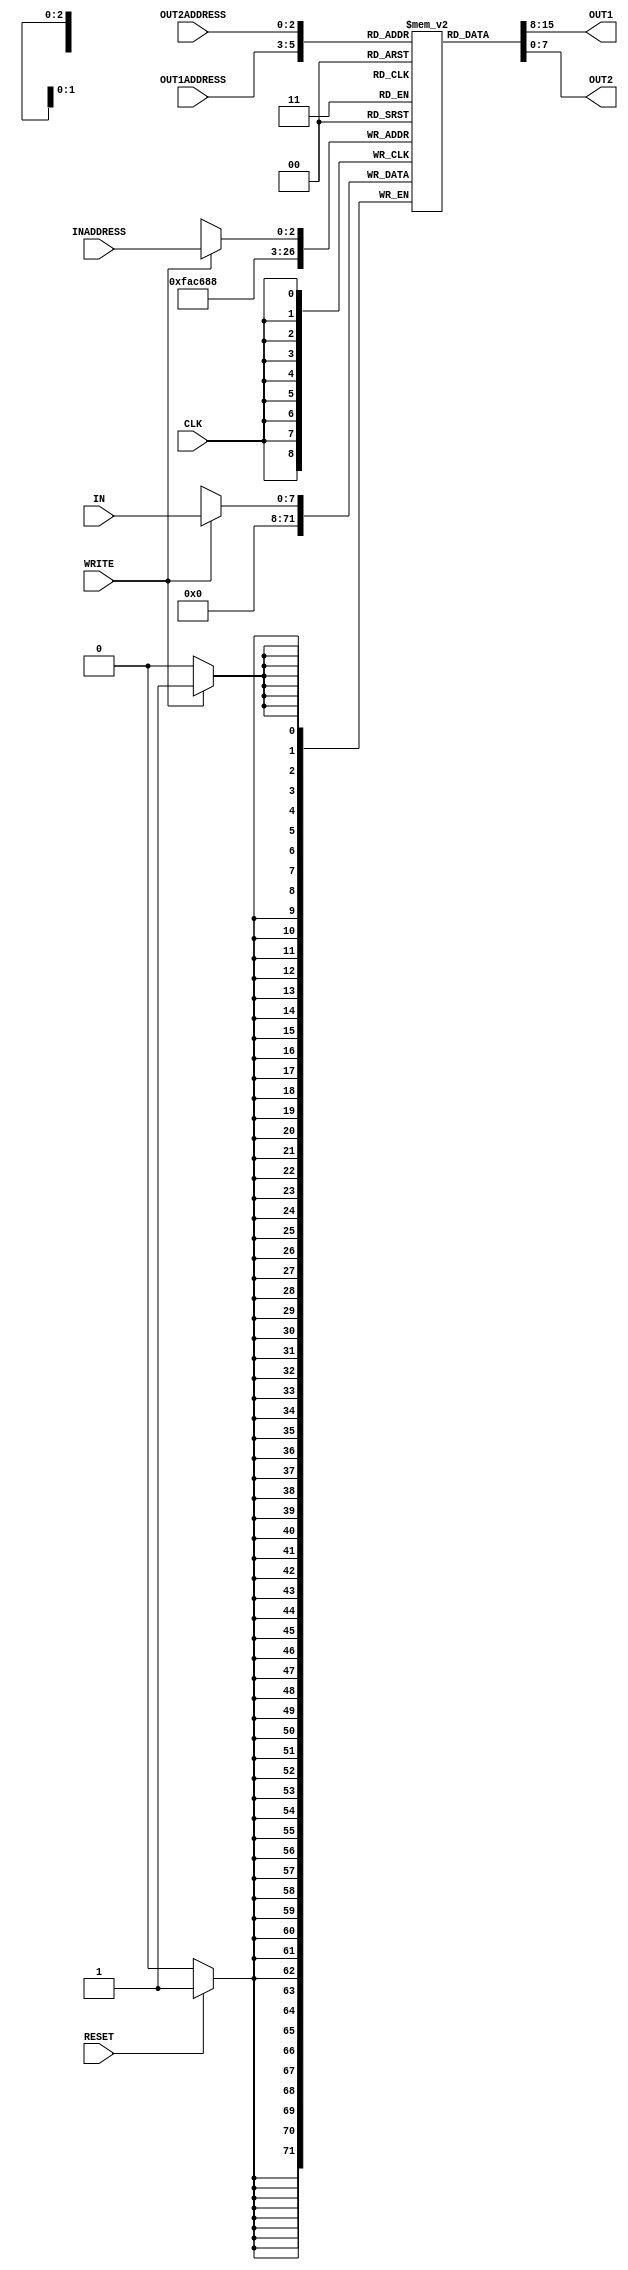
//register file
module reg_file(IN,OUT1,OUT2,INADDRESS,OUT1ADDRESS,OUT2ADDRESS, WRITE, CLK, RESET);
   input [7:0] IN;             // 8 bit input to register
   output [7:0] OUT1,OUT2;     // 8 bit output from register
   input [2:0] INADDRESS,OUT1ADDRESS,OUT2ADDRESS;  // 3 bit in and out INADDRESS
   input WRITE,CLK,RESET;      // 1 bit for clk,write and reset
   reg [7:0]regfile[7:0];      // 8 vector of 8 bit register
   integer i;                  // for loop

   always @ (posedge CLK) begin       // change when the clk is positive
      if (RESET)                      // check if rest is 1
         begin
            #1 for(i=0;i<8;i=i+1) begin  //loop  for change the register values as 0
               regfile[i]=0;             // change register values
            end
         end
      end

   always @ (posedge CLK) begin          // write to register syncrnously
         if (WRITE) begin                // when write is enable
            regfile[INADDRESS]=#1 IN;    // chance the ceratin value of the register
         end
      end

   assign #2 OUT1=regfile[OUT1ADDRESS];			//asyncrnously reading from output1
	assign #2 OUT2= regfile[OUT2ADDRESS];        //asyncrnously reading from output2
endmodule